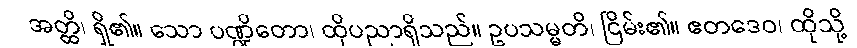
အတ္ထိ၊ ရှိ၏။ သော ပဏ္ဍိတော၊ ထိုပညာရှိသည်။ ဥပသမ္မတိ၊ ငြိမ်း၏။ ဧတဒေဝ၊ ထိုသို့